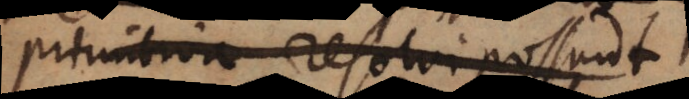
primitiva resolvi possunt